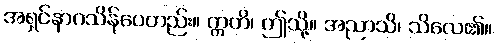
အရှင်နာဂသိန်ပေတည်း။ ဣတိ၊ ဤသို့။ အညာသိ၊ သိလေ၏။